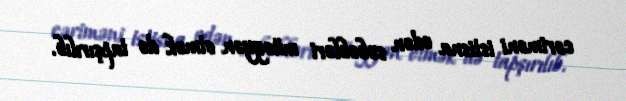
cəriməni istisna edən səbəbləri müəyyən etmək də tapşırılıb.